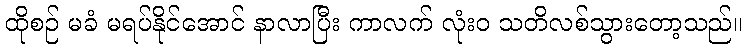
ထိုစဉ် မခံ မရပ်နိုင်အောင် နာလာပြီး ကာလက် လုံးဝ သတိလစ်သွားတော့သည်။